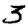
Digit: 3